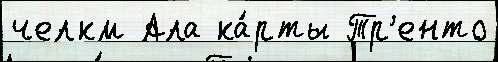
челкм Ала ка́рты Тр'енто